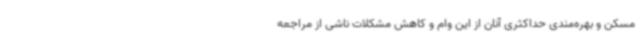
مسکن و بهره‌مندی حداکثری آنان از این وام و کاهش مشکلات ناشی از مراجعه